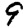
Digit: 9